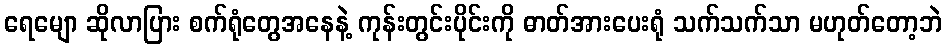
ရေမျော ဆိုလာပြား စက်ရုံတွေအနေနဲ့ ကုန်းတွင်းပိုင်းကို ဓာတ်အားပေးရုံ သက်သက်သာ မဟုတ်တော့ဘဲ